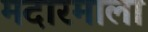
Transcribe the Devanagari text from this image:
मदारमाला